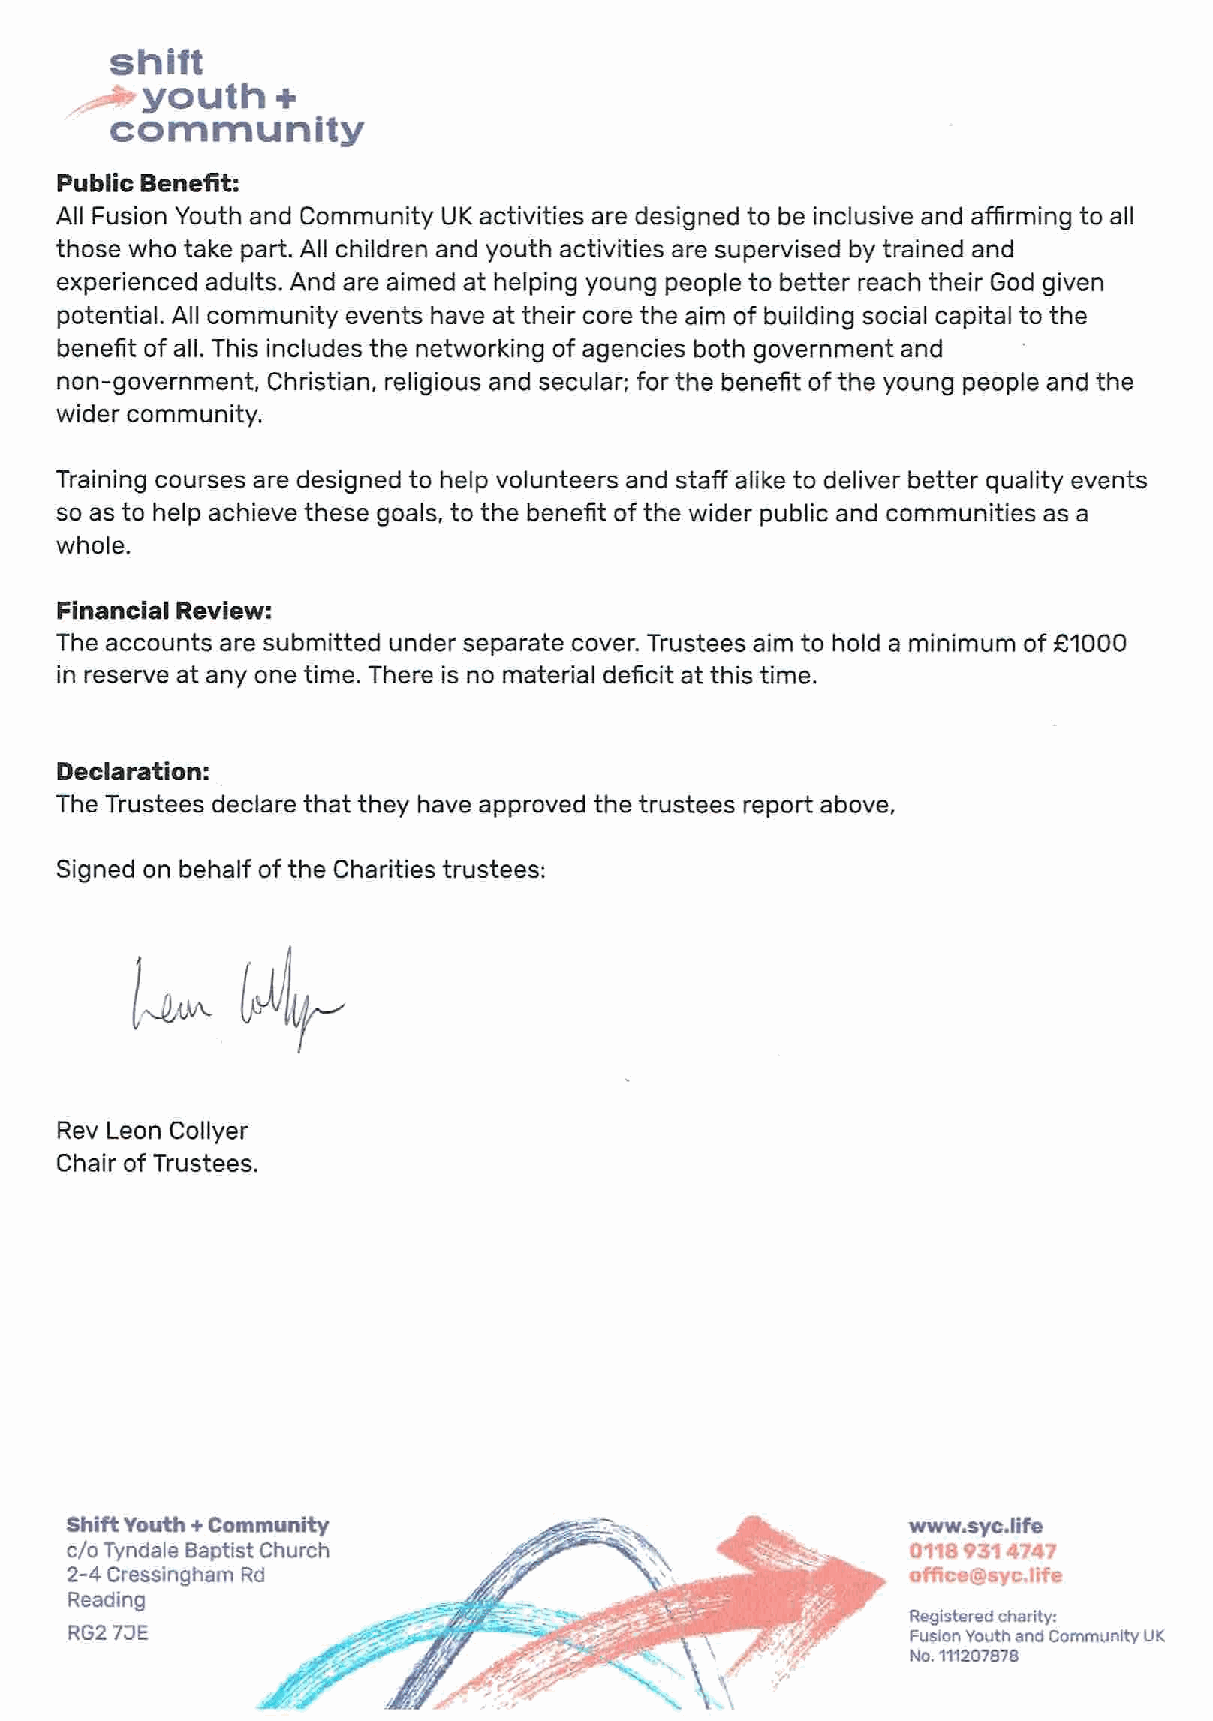
shift
 .~youth+
 community
 Public Benefit:
 All Fusion Youth and Community UK activities are designed to be inclusive and affirming to all
 those who take part. All children and youth activities are supervised by trained and
 experienced adults. And are aimed at heiping young people to better reach their God given
 potential. All community events have at their core the aim of building social capital to the
 benefit ofall. This includes the networking of agencies both government and
 non-government, Christian, religious and secular; for the benefit ofthe young people and the
 wider community.
 Training courses are designed to help volunteers and staff alike to deliver better quality events
 so as to help achieve these goals, to the benefit of the wider public and communities as a
 whole.
 Financial Review:
 The accounts are submitted under separate cover. Trustees aim to hold a minimum of81000
 in reserve at any one time. There is no material deficit at this time.
 Declaraticn:
 The Trustees declare that they have approved the trustees report above,
 Signed on behalf of the Charities trustees:
 Rev Leon Collyer
 Chair of Trustees.
 Shift youth+ Community                                  wwwwyo. lifo
 c/o Tyndaie Baptist Church                              011S9314747
 2-4 Cressingharn Rd                                     officeimsyc. life
 Reading
 Registered charity:
 RG2 TJE                                                Fusion Youth and Community UK
 No.111207878
 se